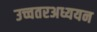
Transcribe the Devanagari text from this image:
उच्चतरअध्ययन